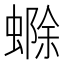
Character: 𮔲